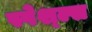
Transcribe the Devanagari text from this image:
स्पेश्ल्स